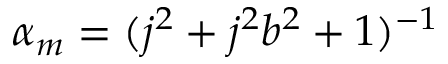
\alpha _ { m } = ( j ^ { 2 } + j ^ { 2 } b ^ { 2 } + 1 ) ^ { - 1 }